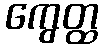
ကွေတ္ထ